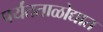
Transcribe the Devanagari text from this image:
पर्यंतताळोद्यात